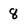
Character: 8